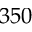
3 5 0